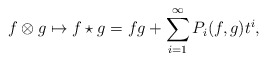
\begin{align*}f\otimes g \mapsto f\star g = fg + \sum_{i=1}^\infty P_i(f,g)t^i,\end{align*}